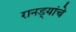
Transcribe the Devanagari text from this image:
रानड्यांचे